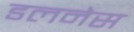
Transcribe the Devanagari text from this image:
डलनेस